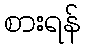
စားရန်